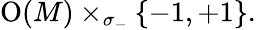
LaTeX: \operatorname{O}(M)\times_{\sigma_{-}}\{ -1,+1\} .